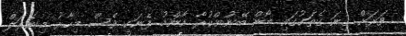
ވަރަށް ގިނަ ގެތަކުގައި ބޯން ބޭނުންކުރާ އާންމު ފެނަކީ ވެސް މިހާރު މިނެރަލް